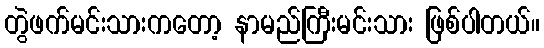
တွဲဖက်မင်းသားကတော့ နာမည်ကြီးမင်းသား ဖြစ်ပါတယ်။